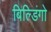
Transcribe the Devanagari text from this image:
बिल्डिंगो